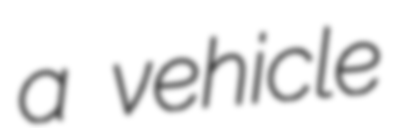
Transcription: a vehicle